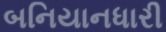
બનિયાનધારી